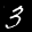
Label: 3